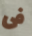
فى